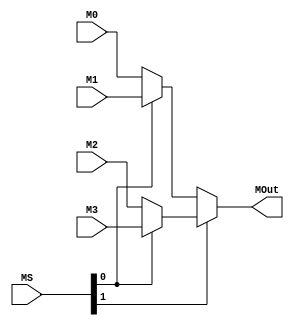
module MX4 #(parameter BL = 32)
           (input [1:0] MS,
            input [BL-1:0] M0, M1, M2, M3,
            output [BL-1:0] MOut);
            
// 4x1 Assignment:
assign MOut = MS[1] ? (MS[0] ? M3:M2):(MS[0] ? M1:M0);

endmodule